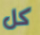
كل